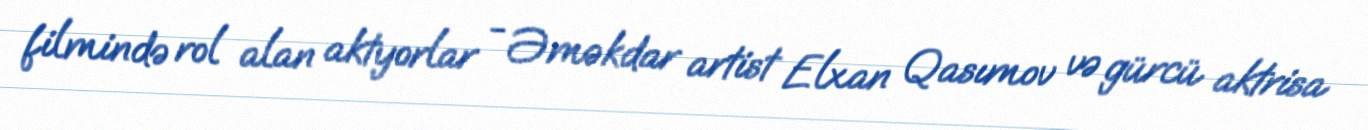
filmində rol alan aktyorlar - Əməkdar artist Elxan Qasımov və gürcü aktrisa